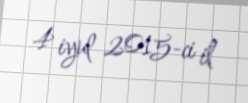
4 iyul 2015-ci il